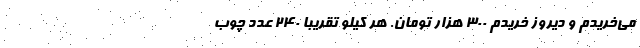
می‌خریدم و دیروز خریدم ۳۰۰ هزار تومان. هر کیلو تقریباً ۲۴۰ عدد چوب